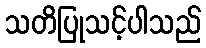
သတိပြုသင့်ပါသည်